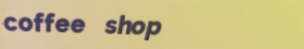
coffee shop